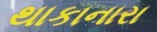
થાકાનારા